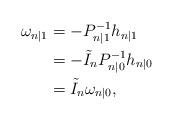
LaTeX: \begin{align*} \omega_{n|1}&=-P_{n|1}^{-1}h_{n|1}\\ &= -\tilde{I}_nP_{n|0}^{-1}h_{n|0}\\ &= \tilde{I}_n \omega_{n|0},\end{align*}